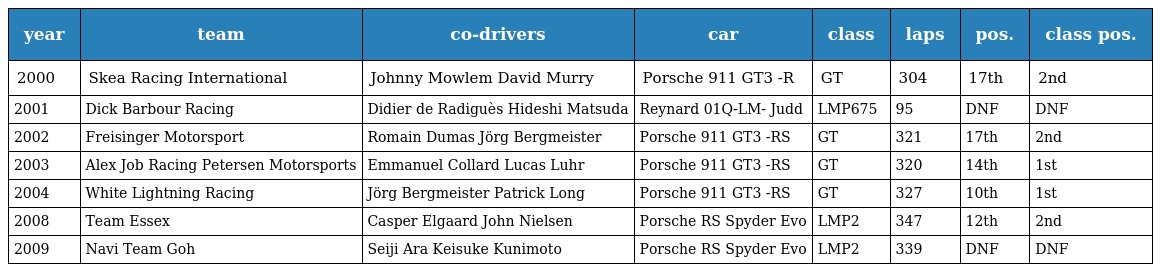
| year | team | co-drivers | car | class | laps | pos. | class pos. |
 | --- | --- | --- | --- | --- | --- | --- | --- |
 | 2000 | Skea Racing International | Johnny Mowlem David Murry | Porsche 911 GT3 -R | GT | 304 | 17th | 2nd |
 | 2001 | Dick Barbour Racing | Didier de Radiguès Hideshi Matsuda | Reynard 01Q-LM- Judd | LMP675 | 95 | DNF | DNF |
 | 2002 | Freisinger Motorsport | Romain Dumas Jörg Bergmeister | Porsche 911 GT3 -RS | GT | 321 | 17th | 2nd |
 | 2003 | Alex Job Racing Petersen Motorsports | Emmanuel Collard Lucas Luhr | Porsche 911 GT3 -RS | GT | 320 | 14th | 1st |
 | 2004 | White Lightning Racing | Jörg Bergmeister Patrick Long | Porsche 911 GT3 -RS | GT | 327 | 10th | 1st |
 | 2008 | Team Essex | Casper Elgaard John Nielsen | Porsche RS Spyder Evo | LMP2 | 347 | 12th | 2nd |
 | 2009 | Navi Team Goh | Seiji Ara Keisuke Kunimoto | Porsche RS Spyder Evo | LMP2 | 339 | DNF | DNF |